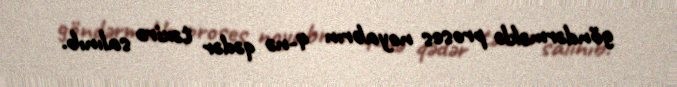
göndərməklə proses noyabrın 4-nə qədər təxirə salınıb.